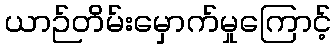
ယာဉ်တိမ်းမှောက်မှုကြောင့်